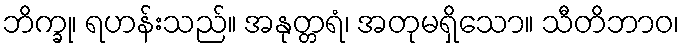
ဘိက္ခု၊ ရဟန်းသည်။ အနုတ္တရံ၊ အတုမရှိသော။ သီတိဘာဝ၊